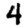
Digit: 4